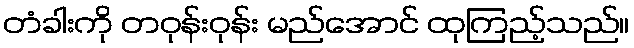
တံခါးကို တဝုန်းဝုန်း မည်အောင် ထုကြည့်သည်။